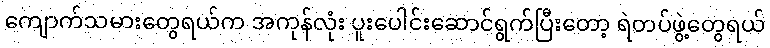
ကျောက်သမားတွေရယ်က အကုန်လုံး ပူးပေါင်းဆောင်ရွက်ပြီးတော့ ရဲတပ်ဖွဲ့တွေရယ်